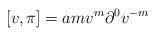
\begin{align*}\lbrack v,\pi ]=amv^{m}\partial ^{0}v^{-m} \end{align*}